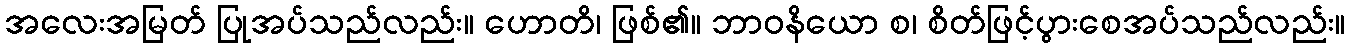
အလေးအမြတ် ပြုအပ်သည်လည်း။ ဟောတိ၊ ဖြစ်၏။ ဘာဝနိယော စ၊ စိတ်ဖြင့်ပွားစေအပ်သည်လည်း။